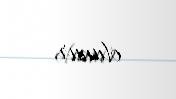
olunur.